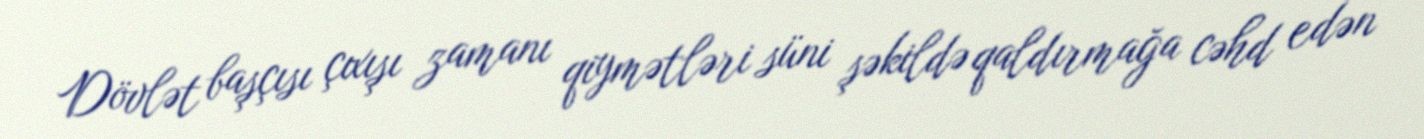
Dövlət başçısı çıxışı zamanı qiymətləri süni şəkildə qaldırmağa cəhd edən